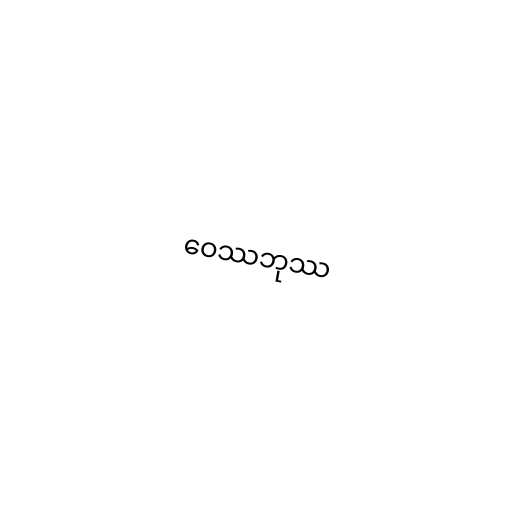
ဝေဿဘုဿ